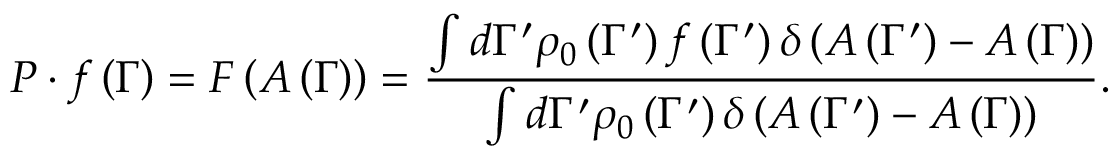
P \cdot f \left( \Gamma \right) = F \left( A \left( \Gamma \right) \right) = { \frac { \int d \Gamma ^ { \prime } \rho _ { 0 } \left( \Gamma ^ { \prime } \right) f \left( \Gamma ^ { \prime } \right) \delta \left( A \left( \Gamma ^ { \prime } \right) - A \left( \Gamma \right) \right) } { \int d \Gamma ^ { \prime } \rho _ { 0 } \left( \Gamma ^ { \prime } \right) \delta \left( A \left( \Gamma ^ { \prime } \right) - A \left( \Gamma \right) \right) } } .